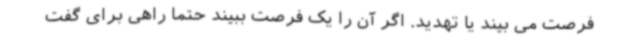
فرصت می بیند یا تهدید. اگر آن را یک فرصت ببیند حتما راهی برای گفت